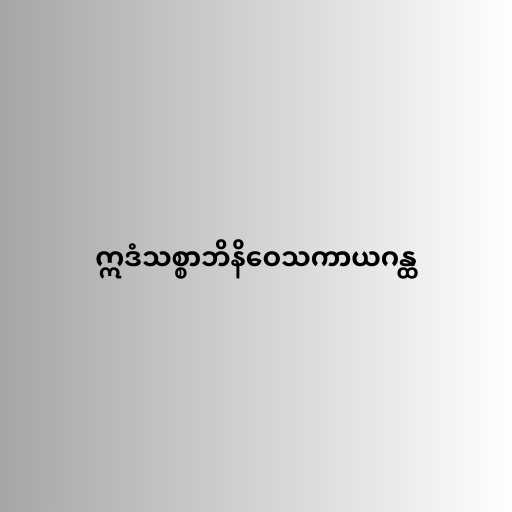
ဣဒံသစ္စာဘိနိဝေသကာယဂန္ထ